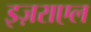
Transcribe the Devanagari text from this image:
इज़राएल